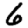
Digit: 6